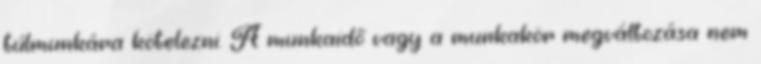
túlmunkára kötelezni. A munkaidő vagy a munkakör megváltozása nem